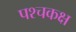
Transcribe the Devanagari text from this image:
पश्चकक्ष